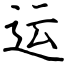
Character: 运